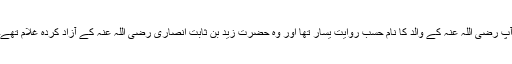
آپ رضی اللہ عنہٗ کے والد کا نام حسبِ روایت یسار تھا اور وہ حضرت زید بن ثابت انصاری رضی اللہ عنہٗ کے آزاد کردہ غلام تھے۔